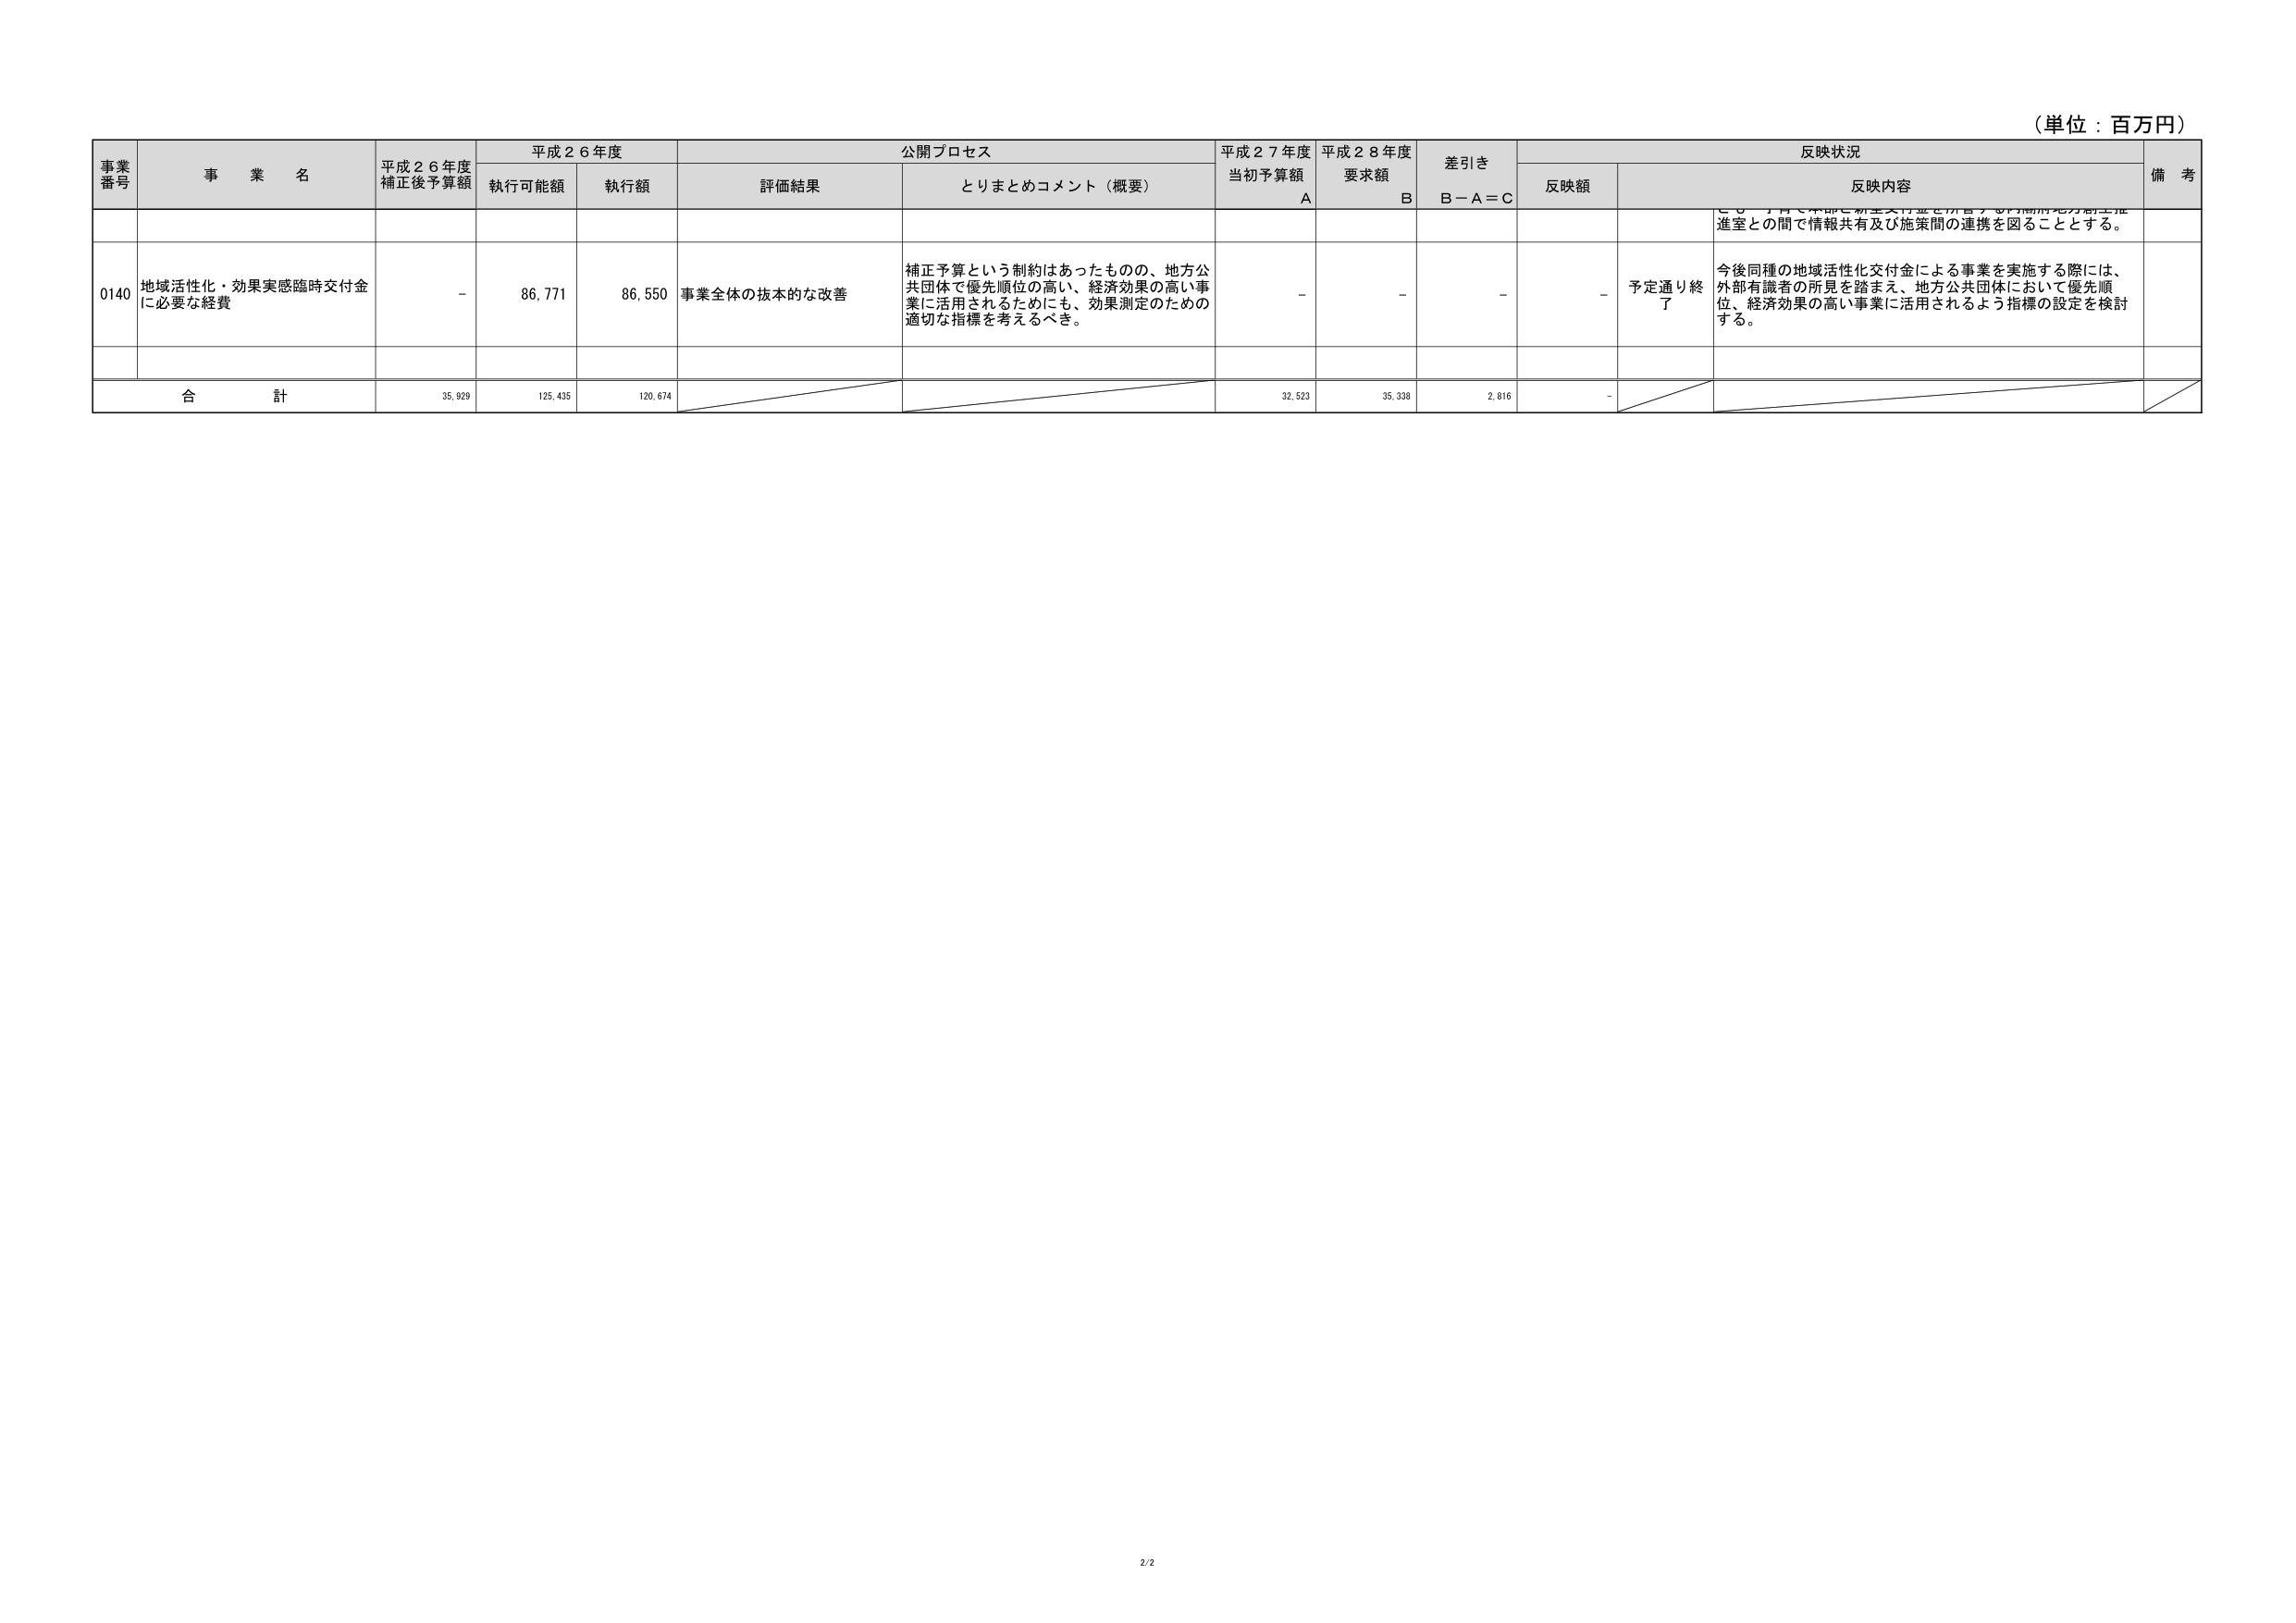
（単位：百万円）

事業番号 事業名 平成26年度補正後予算額 平成26年度 公開プロセス 平成27年度当初予算額 平成28年度要求額 差引き 反映状況 備考
執行可能額 執行額 評価結果 とりまとめコメント（概要） A B B－A＝C 反映額 反映内容

0140 地域活性化・効果実感臨時交付金に必要な経費 - 86,771 86,550 事業全体の抜本的な改善 補正予算という制約はあったものの、地方公共団体で優先順位の高い、経済効果の高い事業に活用されるためにも、効果測定のための適切な指標を考えるべき。 - - - - 予定通り終了 今後同種の地域活性化交付金による事業を実施する際には、外部有識者の所見を踏まえ、地方公共団体において優先順位、経済効果の高い事業に活用されるよう指標の設定を検討する。

合計 35,929 125,435 120,674 32,523 35,338 2,816 -

2/2